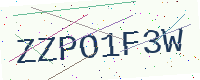
Text: ZZPO1F3W